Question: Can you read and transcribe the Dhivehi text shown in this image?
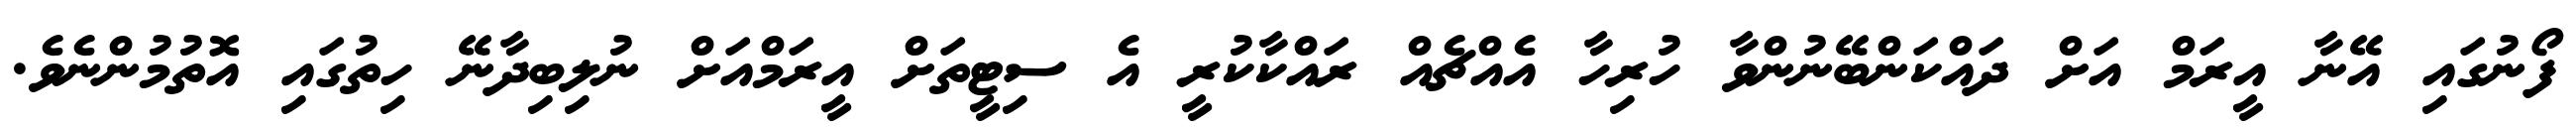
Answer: ފޯނުގައި އޭނާ އީރަމް އަށް ދައްކަންބޭނުންވާ ހުރިހާ އެއްޗެއް ރައްކާކުރީ އެ ސިޓީތަށް އީރަމްއަށް ނުލިބިދާނޭ ހިތުގައި އޮތުމުންނެވެ.